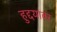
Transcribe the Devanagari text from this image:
हुद्दयावर